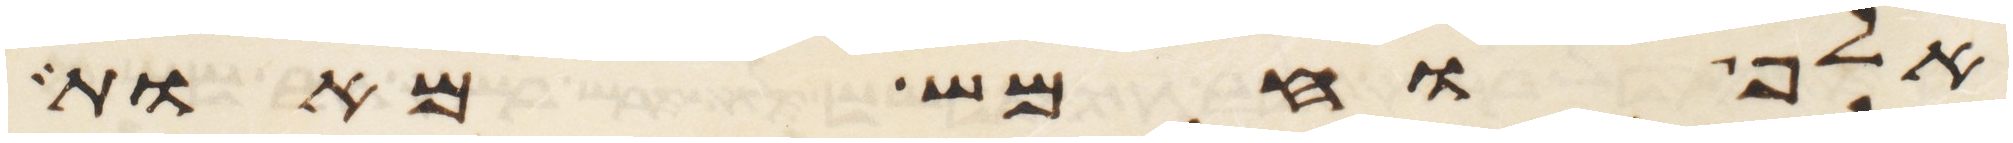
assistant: אלף וחמש מאות